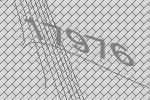
17976